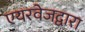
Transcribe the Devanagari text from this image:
एयरवेजद्वारा